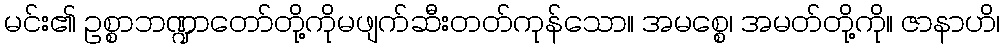
မင်း၏ ဥစ္စာဘဏ္ဍာတော်တို့ကိုမဖျက်ဆီးတတ်ကုန်သော။ အမစ္စေ၊ အမတ်တို့ကို။ ဇာနာဟိ၊